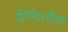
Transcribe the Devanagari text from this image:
सुभेदारीवर